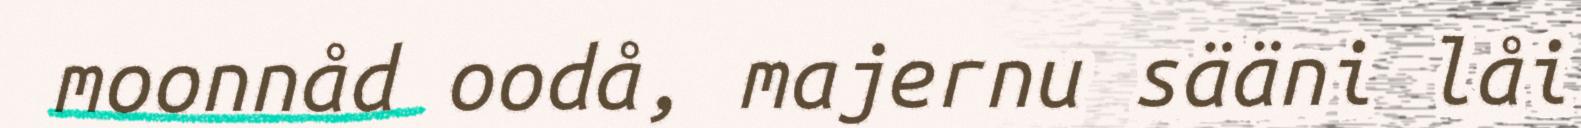
moonnåd oodå, majernu sääni låi